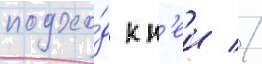
подхо́д к н'еи //